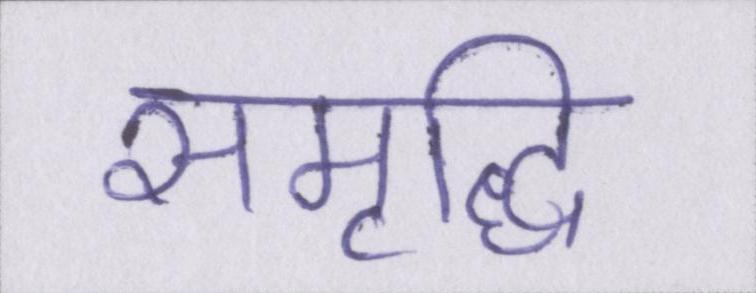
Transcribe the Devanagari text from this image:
समृद्धि